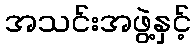
အသင်းအဖွဲ့နှင့်